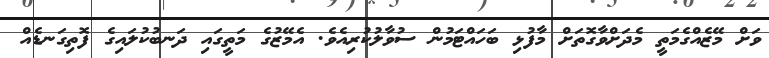
ވަށް މޭޒެއްގެމަތީ މެދަށްވާގޮތަށް މާފުޅި ބަހައްޓަމުން ސުވާލުކުރިއެވެ. އެމޭޒުގެ މަތީގައި ދަނބުކުލައިގެ ފޮތިގަނޑެއް